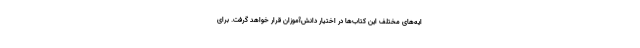
ایه‌های مختلف این کتاب‌ها در اختیار دانش‌آموزان قرار خواهد گرفت. برای